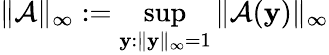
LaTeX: \| \mathcal{A}\| _{\infty}:=\operatorname*{sup}_{\mathbf{y}:\| \mathbf{y}\| _{\infty}=1}\| \mathcal{A}(\mathbf{y})\| _{\infty}